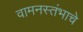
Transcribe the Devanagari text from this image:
वामनस्तंभाचे